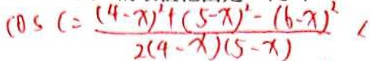
C O S C = \frac { 1 4 - x ) ^ { 2 } + ( 5 - x ) ^ { 2 } - ( 6 - x ) ^ { 2 } } { 2 ( 4 - x ) ( 5 - x ) }